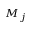
M _ { j }